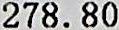
278.80